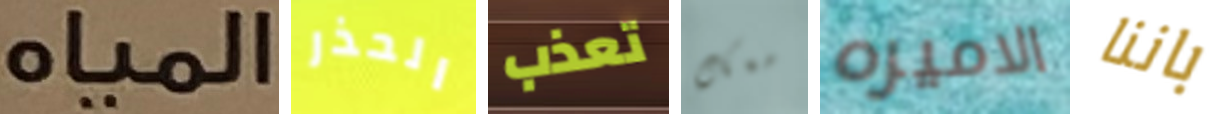
المياه الحذر تعذب معك الاميره باننا